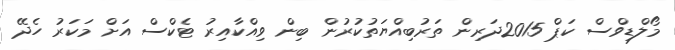
މޯލްޑިވްސް ކަޕް 2015ދަރިން ތަރުބިއްޔަތުކުރުން ބިން ވިއްކާއިރު ޓެކްސް އަށް މަކަރު ހެދޭ